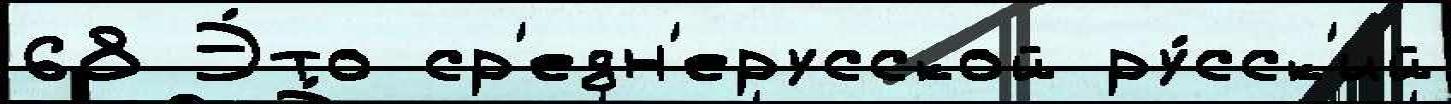
68 Э́то ср'едн'ерусской ру́сск'ий